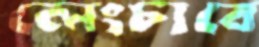
লেংচাবে